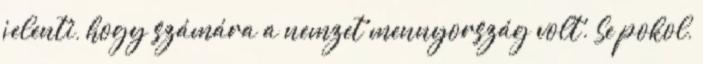
jelenti, hogy számára a nemzet mennyország volt. Se pokol,